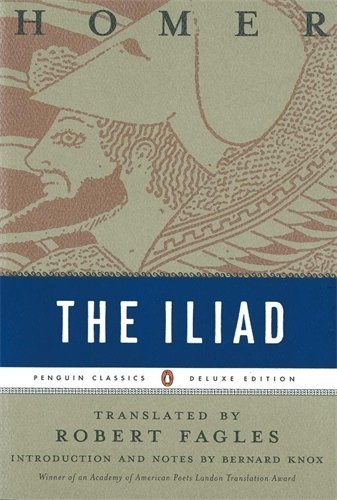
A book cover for The Iliad (Penguin Classics Deluxe Edition); Homer; Literature & Fiction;